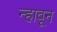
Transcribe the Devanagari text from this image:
न्हावून